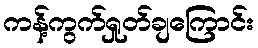
ကန့်ကွက်ရှုတ်ချကြောင်း